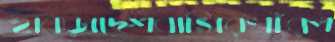
হাবড়াদেশবাসিরখাঁরপ